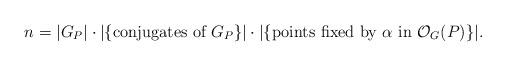
\begin{align*}n=|G_P|\cdot |\{\textrm{conjugates of }G_P\}|\cdot |\{\textrm{points fixed by }\alpha\textrm{ in } \mathcal{O}_G(P)\}|.\end{align*}